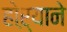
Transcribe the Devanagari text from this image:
होऱ्याने